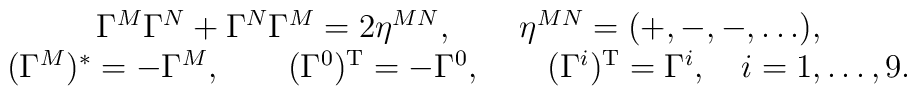
\begin{array}{c} \Gamma^M\Gamma^N+\Gamma^N\Gamma^M=2\eta^{MN}, \qquad\eta^{MN}=(+,-,-,\dots),\\(\Gamma^M)^*=-\Gamma^M, \qquad (\Gamma^0)^{\rm T}=-\Gamma^0, \qquad(\Gamma^i)^{\rm T}=\Gamma^i, \quad i=1,\dots,9.\end{array}